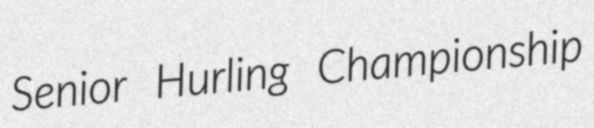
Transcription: Senior Hurling Championship